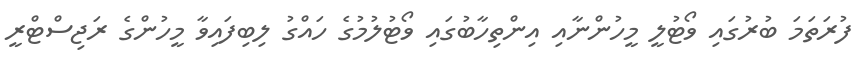
ފުރަތަމަ ބުރުގައި ވޯޓުލީ މީހުންނާއި އިންތިހާބުގައި ވޯޓުލުމުގެ ހައްގު ލިބިފައިވާ މީހުންގެ ރަޖިސްޓްރީ